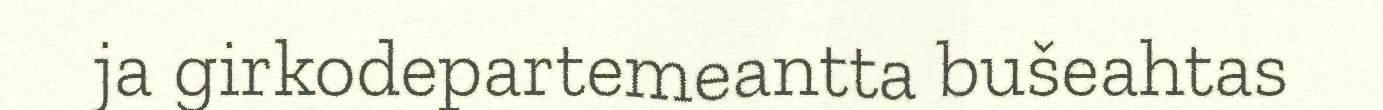
ja girkodepartemeantta bušeahtas